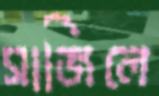
সাজিলে